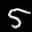
Label: 5